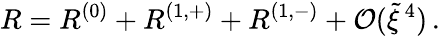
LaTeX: R=R^{(0)}+R^{(1,+)}+R^{(1,-)}+\mathcal{O}(\tilde{\xi}^{\, 4})\, .